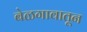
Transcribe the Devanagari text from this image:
बेळगावातून